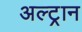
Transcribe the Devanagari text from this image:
अल्ट्रान